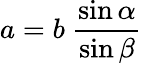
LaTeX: a=b\ {\frac{\sin\alpha}{\sin\beta}}